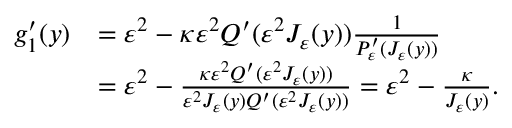
\begin{array} { r l } { g _ { 1 } ^ { \prime } ( y ) } & { = \varepsilon ^ { 2 } - \kappa \varepsilon ^ { 2 } Q ^ { \prime } ( \varepsilon ^ { 2 } J _ { \varepsilon } ( y ) ) \frac { 1 } { P _ { \varepsilon } ^ { \prime } ( J _ { \varepsilon } ( y ) ) } } \\ & { = \varepsilon ^ { 2 } - \frac { \kappa \varepsilon ^ { 2 } Q ^ { \prime } ( \varepsilon ^ { 2 } J _ { \varepsilon } ( y ) ) } { \varepsilon ^ { 2 } J _ { \varepsilon } ( y ) Q ^ { \prime } ( \varepsilon ^ { 2 } J _ { \varepsilon } ( y ) ) } = \varepsilon ^ { 2 } - \frac { \kappa } { J _ { \varepsilon } ( y ) } . } \end{array}